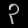
Digit: ၃